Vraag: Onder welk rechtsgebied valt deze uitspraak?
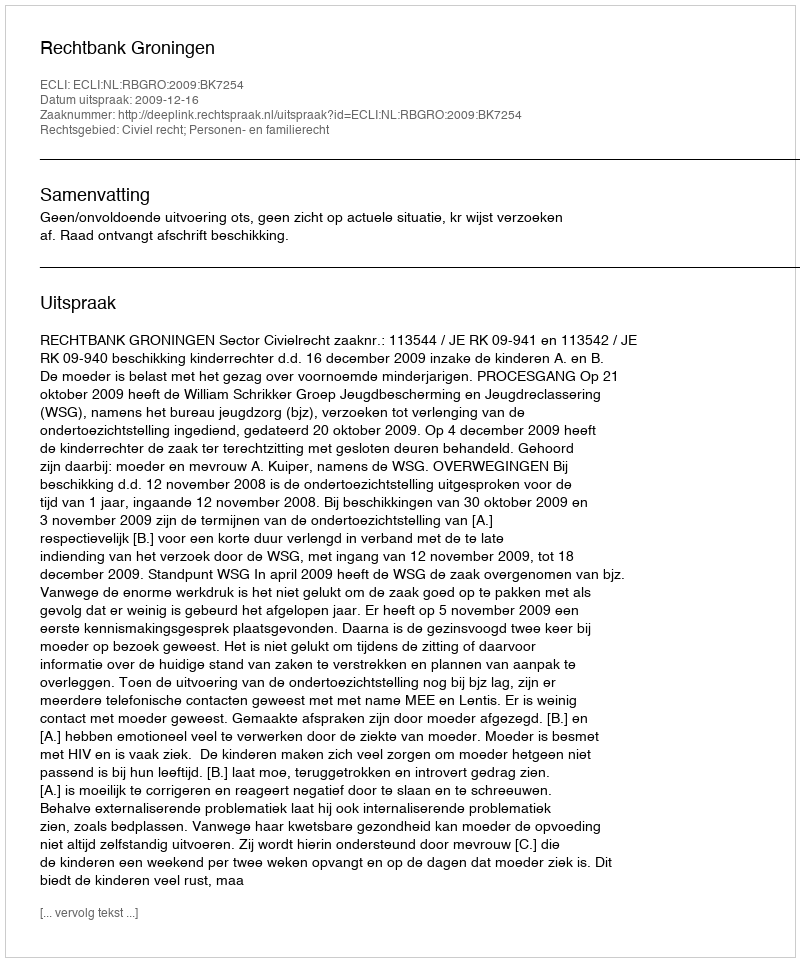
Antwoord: Civiel recht; Personen- en familierecht